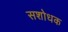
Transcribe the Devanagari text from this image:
सशोधक